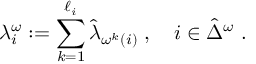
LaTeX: \lambda _ { i } ^ { \omega } : = \sum _ { k = 1 } ^ { \ell _ { i } } \hat { \lambda } _ { \omega ^ { k } ( i ) } \; , \quad i \in \hat { \Delta } ^ { \omega } \; .